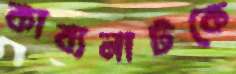
কাব্যনাটকে